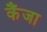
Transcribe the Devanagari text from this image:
कैंजा